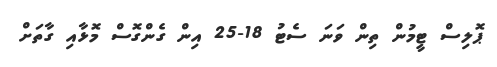
ޕޮލިސް ޓީމުން ތިން ވަނަ ސެޓު 18-25 އިން ގެންގޮސް މޮޅާއި ގާތަށް